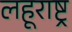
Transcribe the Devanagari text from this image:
लहूराष्ट्र